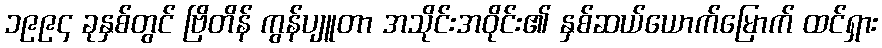
၁၉၉၄ ခုနှစ်တွင် ဗြိတိန် ကွန်ပျူတာ အသိုင်းအဝိုင်း၏ နှစ်ဆယ်ယောက်မြောက် ထင်ရှား